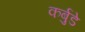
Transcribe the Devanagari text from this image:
कर्बुडे